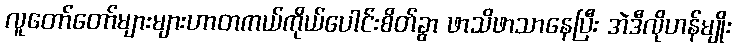
လူတော်တော်များများဟာတကယ်ကိုယ်ပေါင်းစိတ်ခွာ ဖာသိဖာသာနေပြီး အဲဒီလိုဟန်မျိုး